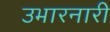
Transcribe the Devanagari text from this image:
उभारनारी